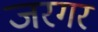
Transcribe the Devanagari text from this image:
जरगर